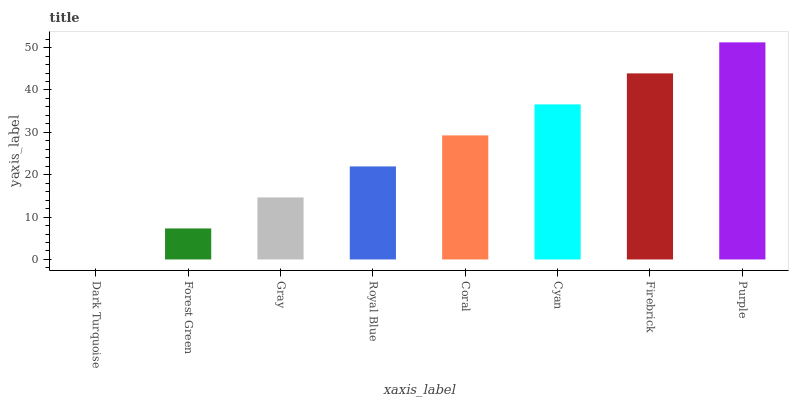
| xaxis_label | bars |
 | --- | --- |
 | Dark Turquoise | 0 |
 | Forest Green | 7.32 |
 | Gray | 14.6 |
 | Royal Blue | 22 |
 | Coral | 29.3 |
 | Cyan | 36.6 |
 | Firebrick | 43.9 |
 | Purple | 51.2 |